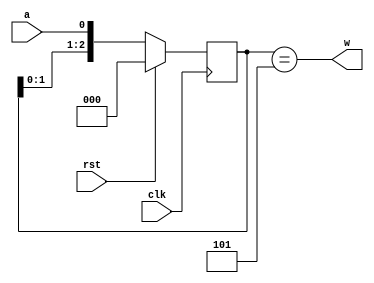
module demo(
        input clk,
        input rst,
        input wire a,
        output wire w
    );

    reg [2:0] buffer; //3

    always @(posedge clk) begin
        if(rst) begin
            buffer <= 3'b0;
        end
        else begin
            buffer <= {buffer[1:0], a};
        end
    end

assign w = (buffer == 3'b101);

endmodule